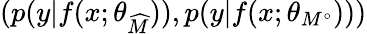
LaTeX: (p(y|f(x;\theta_{\widehat{M}})),p(y|f(x;\theta_{M^{\circ}})))